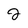
Character: 2